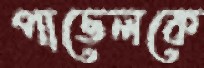
পাভেলকে